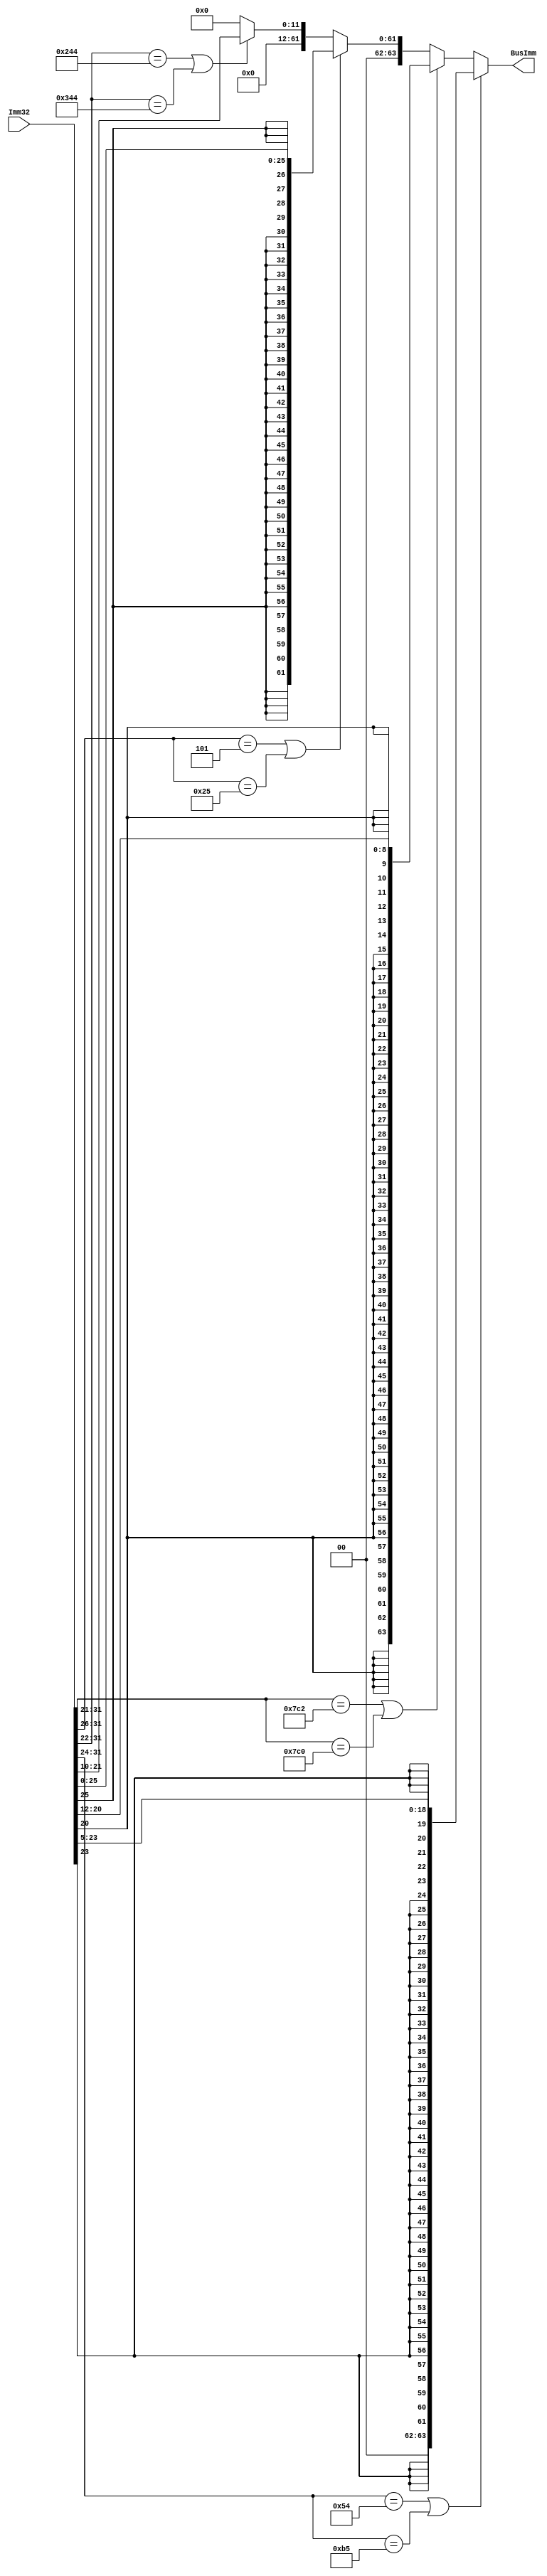
`timescale 1ns/1ps
module SignExtender(BusImm, Imm32);
	output reg [63:0] BusImm;
	input [31:0] Imm32;
	always @(*)
	begin
		//CB type
		if (Imm32[31:24] == 8'b01010100 || Imm32[31:24] == 8'b10110101)
			begin
				BusImm = {{43{Imm32[23]}}, Imm32[23:5]};
			end
		//D type
		else if(Imm32[31:21] == 11'b11111000010 || Imm32[31:21] == 11'b11111000000)
			begin
				BusImm = {{55{Imm32[20]}}, Imm32[20:12]};
			end
		//B type
		else if (Imm32[31:26] == 6'b000101 || Imm32[31:26] == 6'b100101)
			begin
				BusImm = {{36{Imm32[25]}}, Imm32[25:0]};
			end  
		//I type
		else if (Imm32[31:22] == 10'b1001000100 || Imm32[31:22] == 10'b1101000100)
			begin
				BusImm = {52'b0, Imm32[21:10]};
			end
		else
			begin
				BusImm = 64'b0;
			end
	end
endmodule